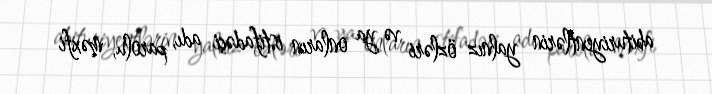
abituriyentlərin yalnız özləri və ya onların istifadəçi adı, parolu, məxfi